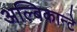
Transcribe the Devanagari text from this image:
अल्बिकान्टे